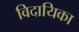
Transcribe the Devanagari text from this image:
विदायिका